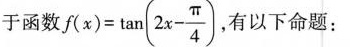
于函数 f ( x ) = \tan ( 2 x - \frac{\ pi } { 4 } ),有以下命题：